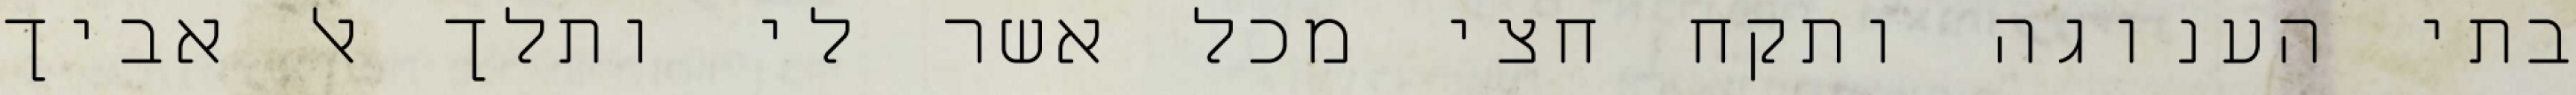
בתי הענוגה ותקח חצי מכל אשר לי ותלך אל אביך